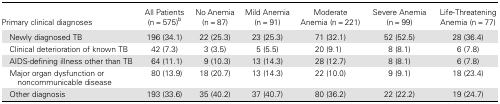
<table><thead><tr><td><b>Primary clinical diagnoses</b></td><td><b>All Patients (n = 575)<sup>b</sup></b></td><td><b>No Anemia (n = 87)</b></td><td><b>Mild Anemia (n = 91)</b></td><td><b>Moderate Anemia (n = 221)</b></td><td><b>Severe Anemia (n = 99)</b></td><td><b>Life-Threatening Anemia (n = 77)</b></td></tr></thead><tbody><tr><td> Newly diagnosed TB</td><td>196 (34.1)</td><td>22 (25.3)</td><td>23 (25.3)</td><td>71 (32.1)</td><td>52 (52.5)</td><td>28 (36.4)</td></tr><tr><td> Clinical deterioration of known TB</td><td>42 (7.3)</td><td>3 (3.5)</td><td>5 (5.5)</td><td>20 (9.1)</td><td>8 (8.1)</td><td>6 (7.8)</td></tr><tr><td> AIDS-defining illness other than TB</td><td>64 (11.1)</td><td>9 (10.3)</td><td>13 (14.3)</td><td>28 (12.7)</td><td>8 (8.1)</td><td>6 (7.8)</td></tr><tr><td> Major organ dysfunction or noncommunicable disease</td><td>80 (13.9)</td><td>18 (20.7)</td><td>13 (14.3)</td><td>22 (10.0)</td><td>9 (9.1)</td><td>18 (23.4)</td></tr><tr><td> Other diagnosis</td><td>193 (33.6)</td><td>35 (40.2)</td><td>37 (40.7)</td><td>80 (36.2)</td><td>22 (22.2)</td><td>19 (24.7)</td></tr></tbody></table>